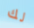
لك